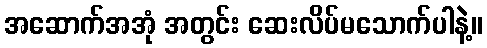
အဆောက်အအုံ အတွင်း ဆေးလိပ်မသောက်ပါနဲ့။